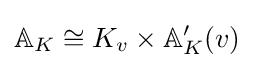
\mathbb {A} _{K}\cong K_{v}\times \mathbb {A} _{K}'(v)